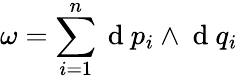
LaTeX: \omega=\sum_{i=1}^{n}\mathrm{~d~}p_{i}\wedge\mathrm{~d~}q_{i}